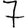
Digit: 7